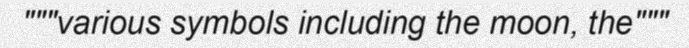
"""various symbols including the moon, the"""